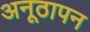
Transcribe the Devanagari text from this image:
अनूठापन